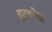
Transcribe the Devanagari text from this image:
हटकोडा